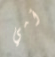
أمي